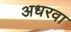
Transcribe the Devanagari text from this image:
अधरवा